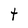
Character: t